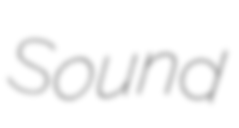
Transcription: Sound